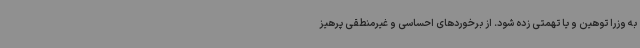
به وزرا توهین و یا تهمتی زده شود. از برخوردهای احساسی و غیرمنطقی پرهیز